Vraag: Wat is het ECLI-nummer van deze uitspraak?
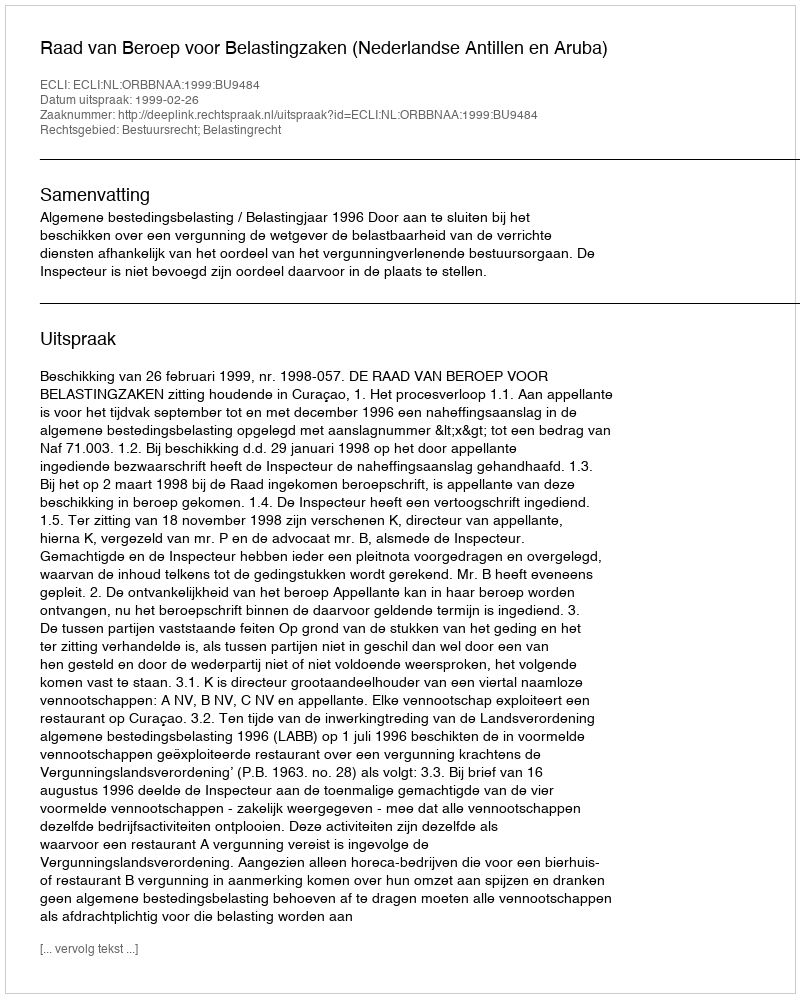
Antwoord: ECLI:NL:ORBBNAA:1999:BU9484